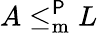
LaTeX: A\leq_{\mathrm{{m}}}^{\mathsf{P}}L